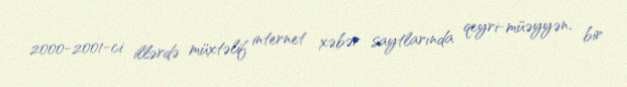
2000-2001-ci illərdə müxtəlif internet xəbər saytlarında qeyri-müəyyən, bir